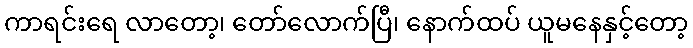
ကာရင်းရေ လာတော့၊ တော်လောက်ပြီ၊ နောက်ထပ် ယူမနေနှင့်တော့